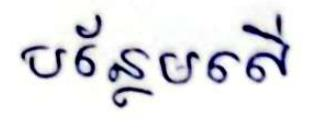
បន្ថែមលើ